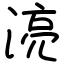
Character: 湸